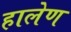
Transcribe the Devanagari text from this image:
हालेण